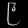
Digit: ၉